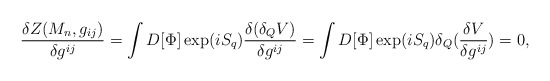
\begin{align*}\frac{\delta Z(M_{n},g_{ij})}{\delta g^{ij}}=\int D[\Phi]\exp(iS_{q})\frac{\delta(\delta_{Q}V)}{\delta g^{ij}}=\int D[\Phi]\exp(iS_{q})\delta_{Q}(\frac{\delta V}{\delta g^{ij}})=0,\end{align*}